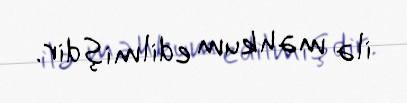
ilə məhkum edilmişdir.